Kassari_(Keina)_vallavalitsus, lk 25
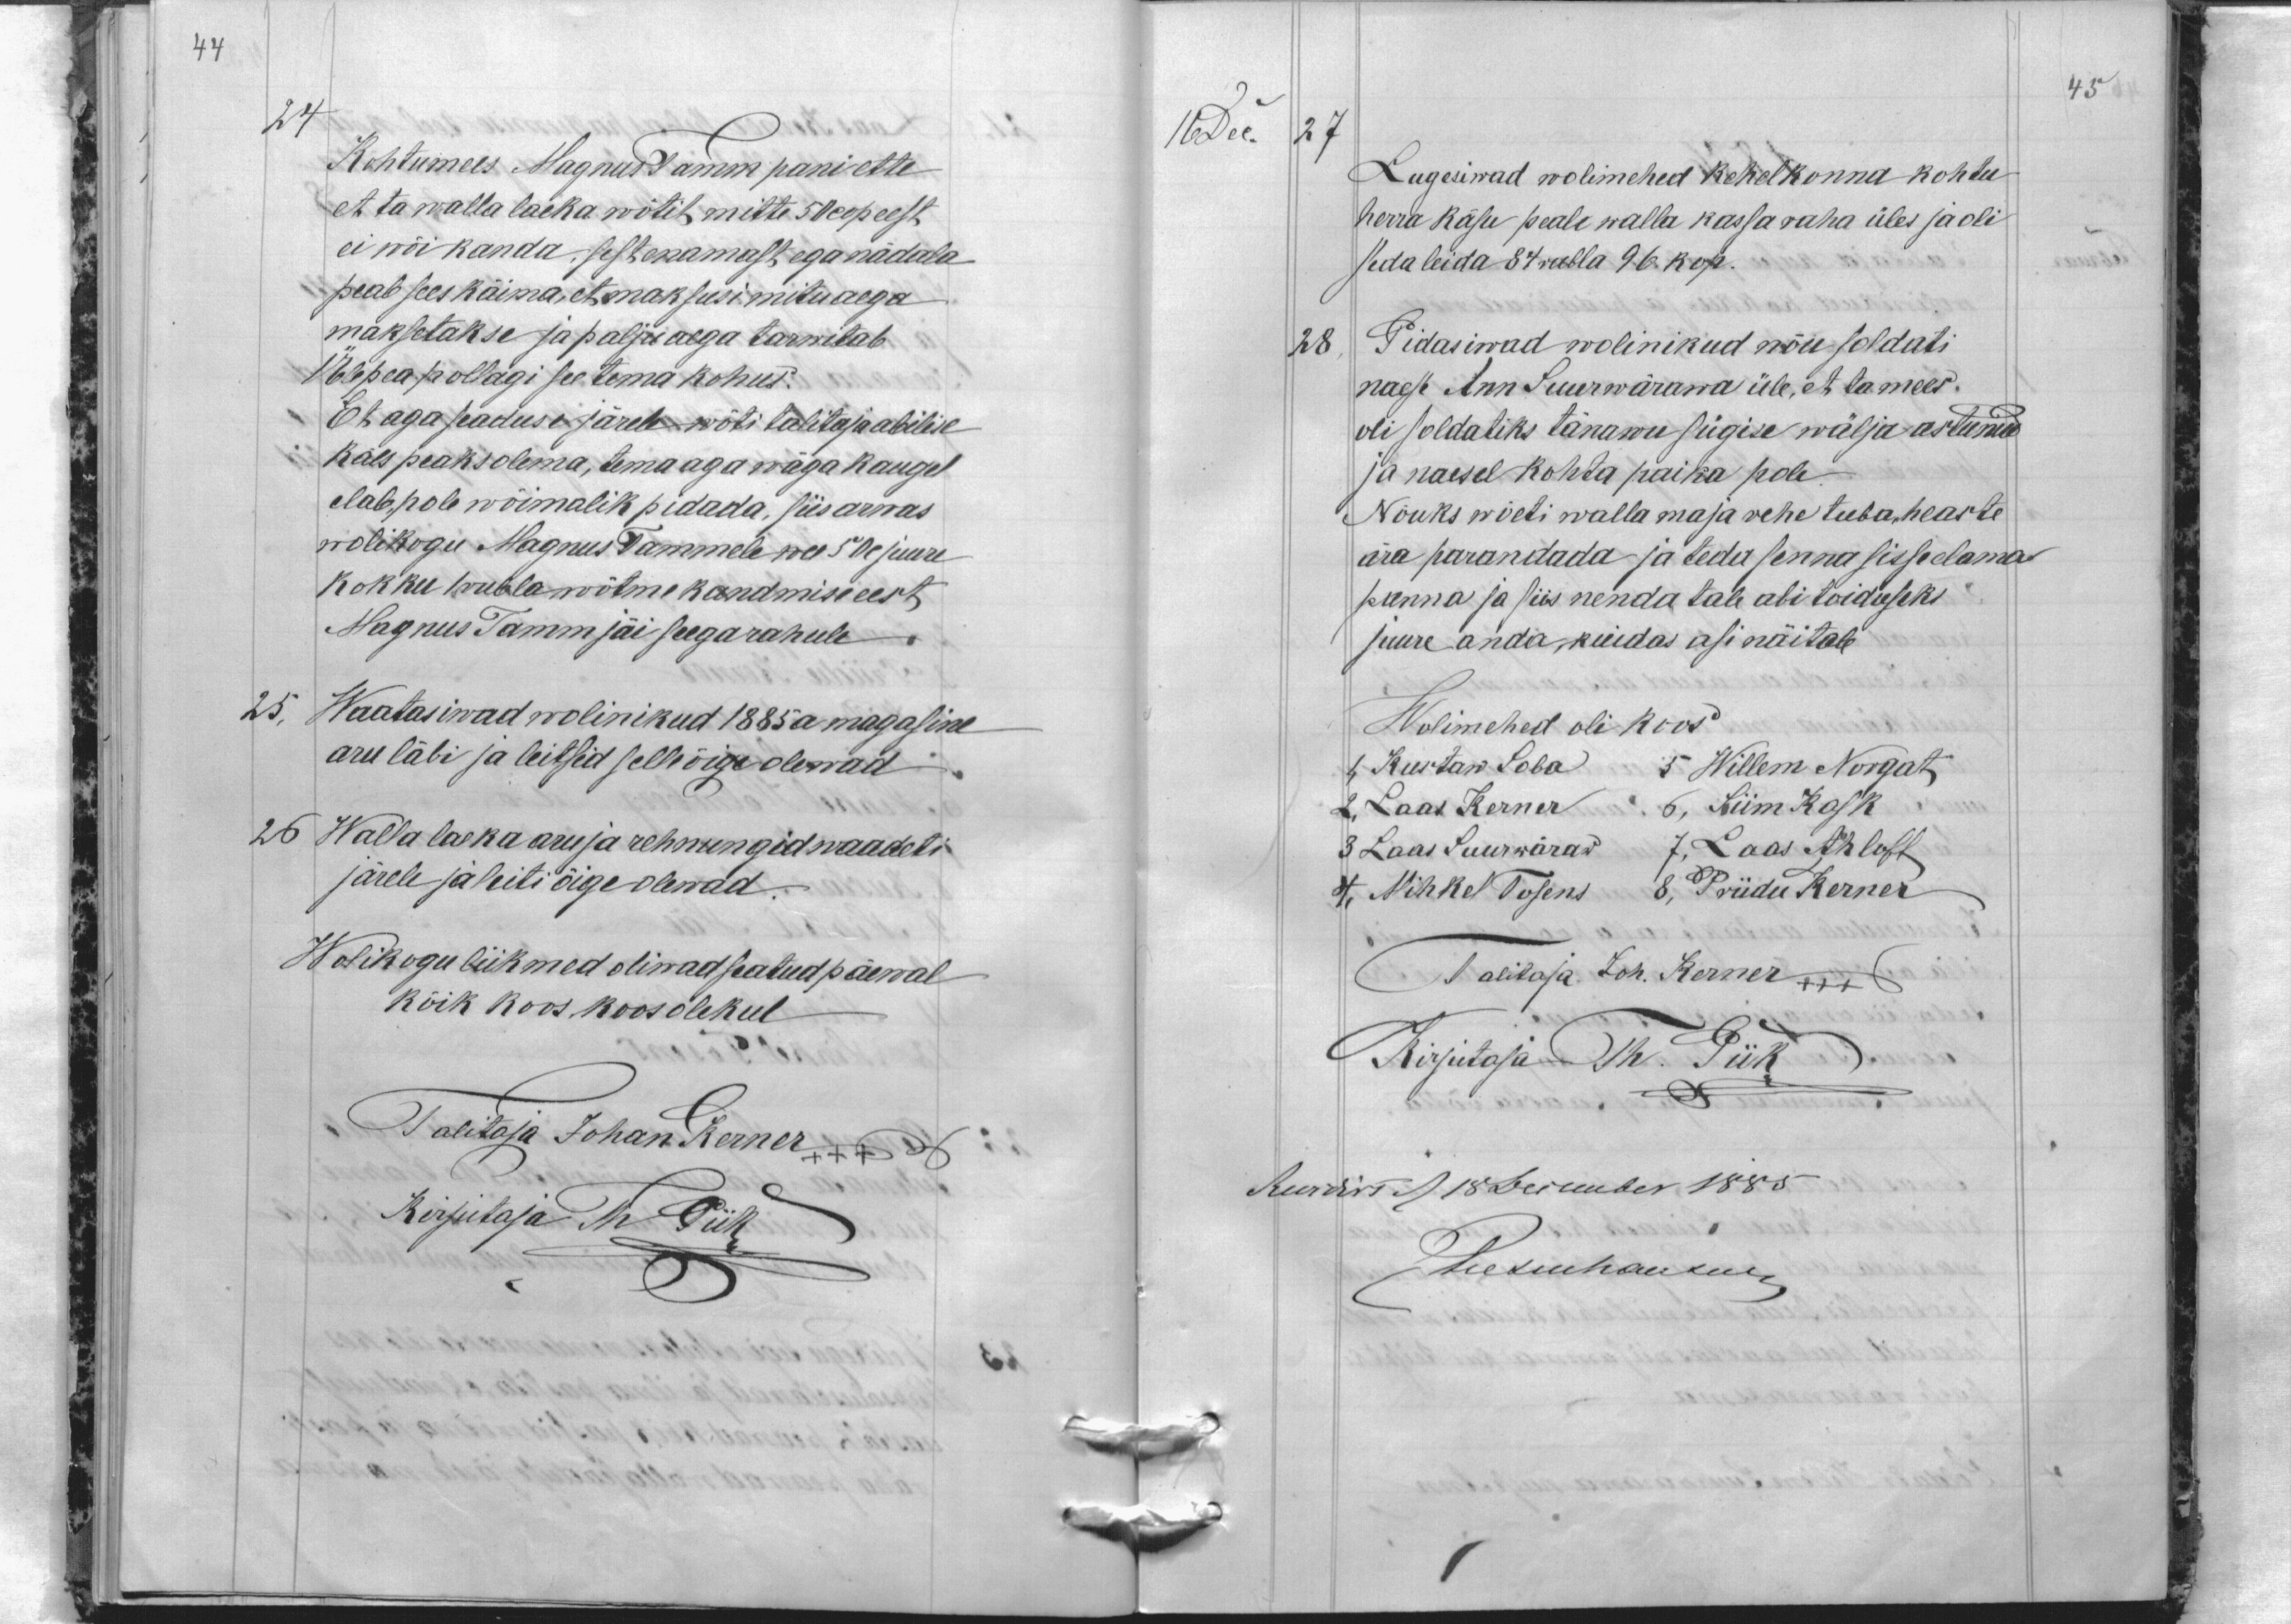
44

45

24
Kohtumees Magnust Tamm pani ette
et ta walla laeka wõtit mitte 50 cop eest
ei wõi kanda sest enamast ega nädala
peab sees käima, et maksusi mitu aega
maksetakse ja palju aega tarwitab
Ülepea pollagi see tema kohus.
Et aga seaduse järele wõti talitaja abilise
käes peaks olema, tema aga wäga kauge
elab, pole wõimalik pidada, siis arwas
wolikogu Magnus Tammele wee 50 c juure
kokku 1 rubla wõtme kandmise eest
Magnus Tamm jäi seega rahule
25,
Waatasiwad wolinikud 1885 a magasine
aru läbi ja leitsid selle õige olewad
26
Walla laeka aru ja rehnungid waadeti
järele ja leiti õige olewad.
Wolikogu liikmed oliwad seatud päewal
kõik koos koosolekul
Talitaja Johan Kerner +++
Kirjutaja Th Piik

16 Dec. 27
Lugesiwad wolimehed Kehelkonna kohtu
herra käsu peale walla kassa raha üles ja oli
seda leida 84 rubla 96 kop.
28
Pidasiwad wolinikud nõu soldati
naese Ann Suurewärawa üle, et ta mees
oli soldatiks tänawu sügise wälja astunud
ja naesel kohta paika pole
Nõuks wõeti walla maja rehe tuba heaste
ära parandada ja teda senna sisse elama
panna ja siis nenda tale abi toiduseks
juure anda, kuidas asi näitab
Wolimehed oli koos
1, Kustaw Soba 5 Willem Norgat
2, Laas Kerner 6, Siim Kask
3 Laas Suurwäraw 7, Laas Ahloff
4, Mihkel Tofens 8, Priidu Kerner
Talitaja Joh. Kerner +++
Kirjutaja Th. Piik
Revidirt 18 December 1885
Tiesenhausen